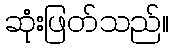
ဆုံးဖြတ်သည်။